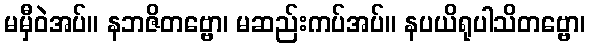
မမှီဝဲအပ်။ နဘဇိတဗ္ဗော၊ မဆည်းကပ်အပ်။ နပယိရုပါသိတဗ္ဗော၊